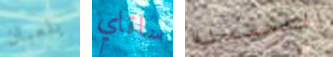
يلعبان ساقاي المحتملة